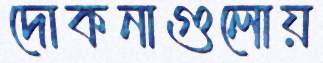
দোকনাগুলোয়